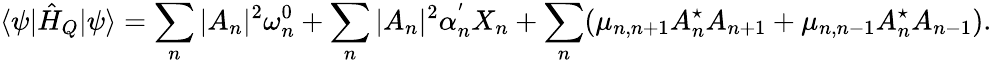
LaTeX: \langle\psi|\hat{H}_{Q}|\psi\rangle=\sum_{n}|A_{n}|^{2}\omega_{n}^{0}+\sum_{n}|A_{n}|^{2}\alpha_{n}^{'}X_{n}+\sum_{n}(\mu_{n,n+1}A_{n}^{\star}A_{n+1}+\mu_{n,n-1}A_{n}^{\star}A_{n-1}).